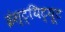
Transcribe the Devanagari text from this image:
इंस्ट्यिट्यूट